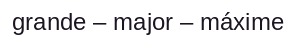
grande – major – máxime